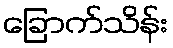
ခြောက်သိန်း